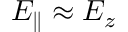
E _ { \parallel } \approx E _ { z }